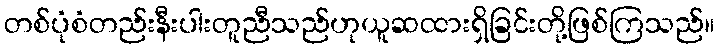
တစ်ပုံစံတည်းနီးပါးတူညီသည်ဟုယူဆထားရှိခြင်းတို့ဖြစ်ကြသည်။